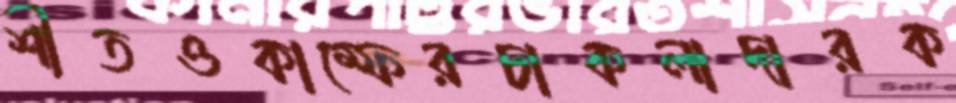
শীতওকাম্ফেরচাকলাদারক